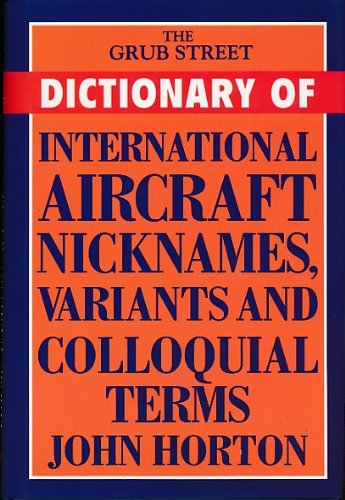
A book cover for The Grub Street Dictionary of International Aircraft Nicknames, Variants and Colloquial Terms; John Horton; Engineering & Transportation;